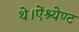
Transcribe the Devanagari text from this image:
थे।ऐंश्येण्ट